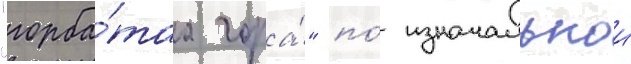
"горба́таа гора́" по́ изначальнои